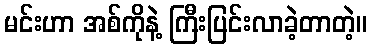
မင်းဟာ အစ်ကိုနဲ့ ကြီးပြင်းလာခဲ့တာတဲ့။